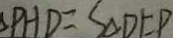
P H D = S _ { \Delta } D F P